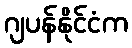
ဂျပန်နိုင်ငံက